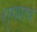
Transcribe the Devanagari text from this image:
शृंगातच